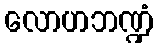
လောဟဘဏ္ဍံ